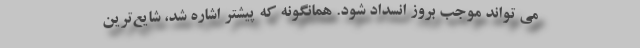
می تواند موجب بروز انسداد شود. همانگونه که پیشتر اشاره شد، شایع‌ترین